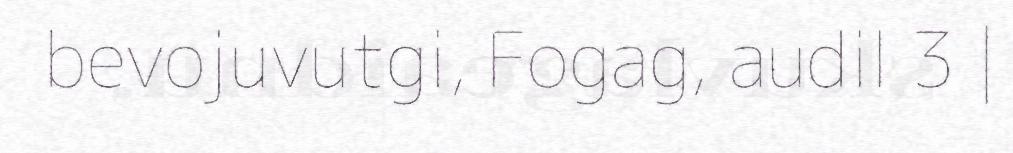
bevojuvutgi, Fogag, audil 3 |